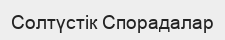
Солтүстік Спорадалар